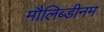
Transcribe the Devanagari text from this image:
मौलिब्डीनम